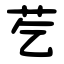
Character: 䒗